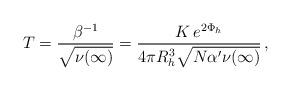
LaTeX: \begin{align*}T = \frac{\beta^{-1}}{\sqrt{\nu(\infty)}} = \frac{K \,e^{2 \Phi_h}}{4 \pi R_h^3 \sqrt{N \alpha' \nu(\infty)}}\,, \end{align*}